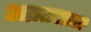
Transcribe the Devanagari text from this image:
अम्रतलाल